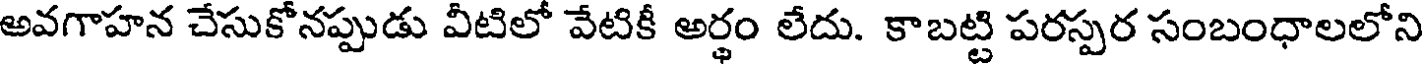
అవగాహన చేసుకోనప్పుడు వీటిలో వేటికీ అర్థం లేదు. కాబట్టి పరస్పర సంబంధాలలోని